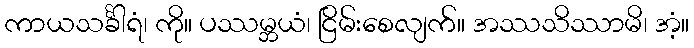
ကာယသင်္ခါရံ၊ ကို။ ပဿမ္ဘယံ၊ ငြိမ်းစေလျက်။ အဿသိဿာမိ၊ အံ့။